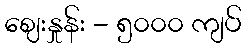
ဈေးနှုန်း - ၅၀၀၀ ကျပ်